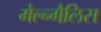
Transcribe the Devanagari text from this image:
मेल्न्गैलिस